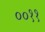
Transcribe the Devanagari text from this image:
००११